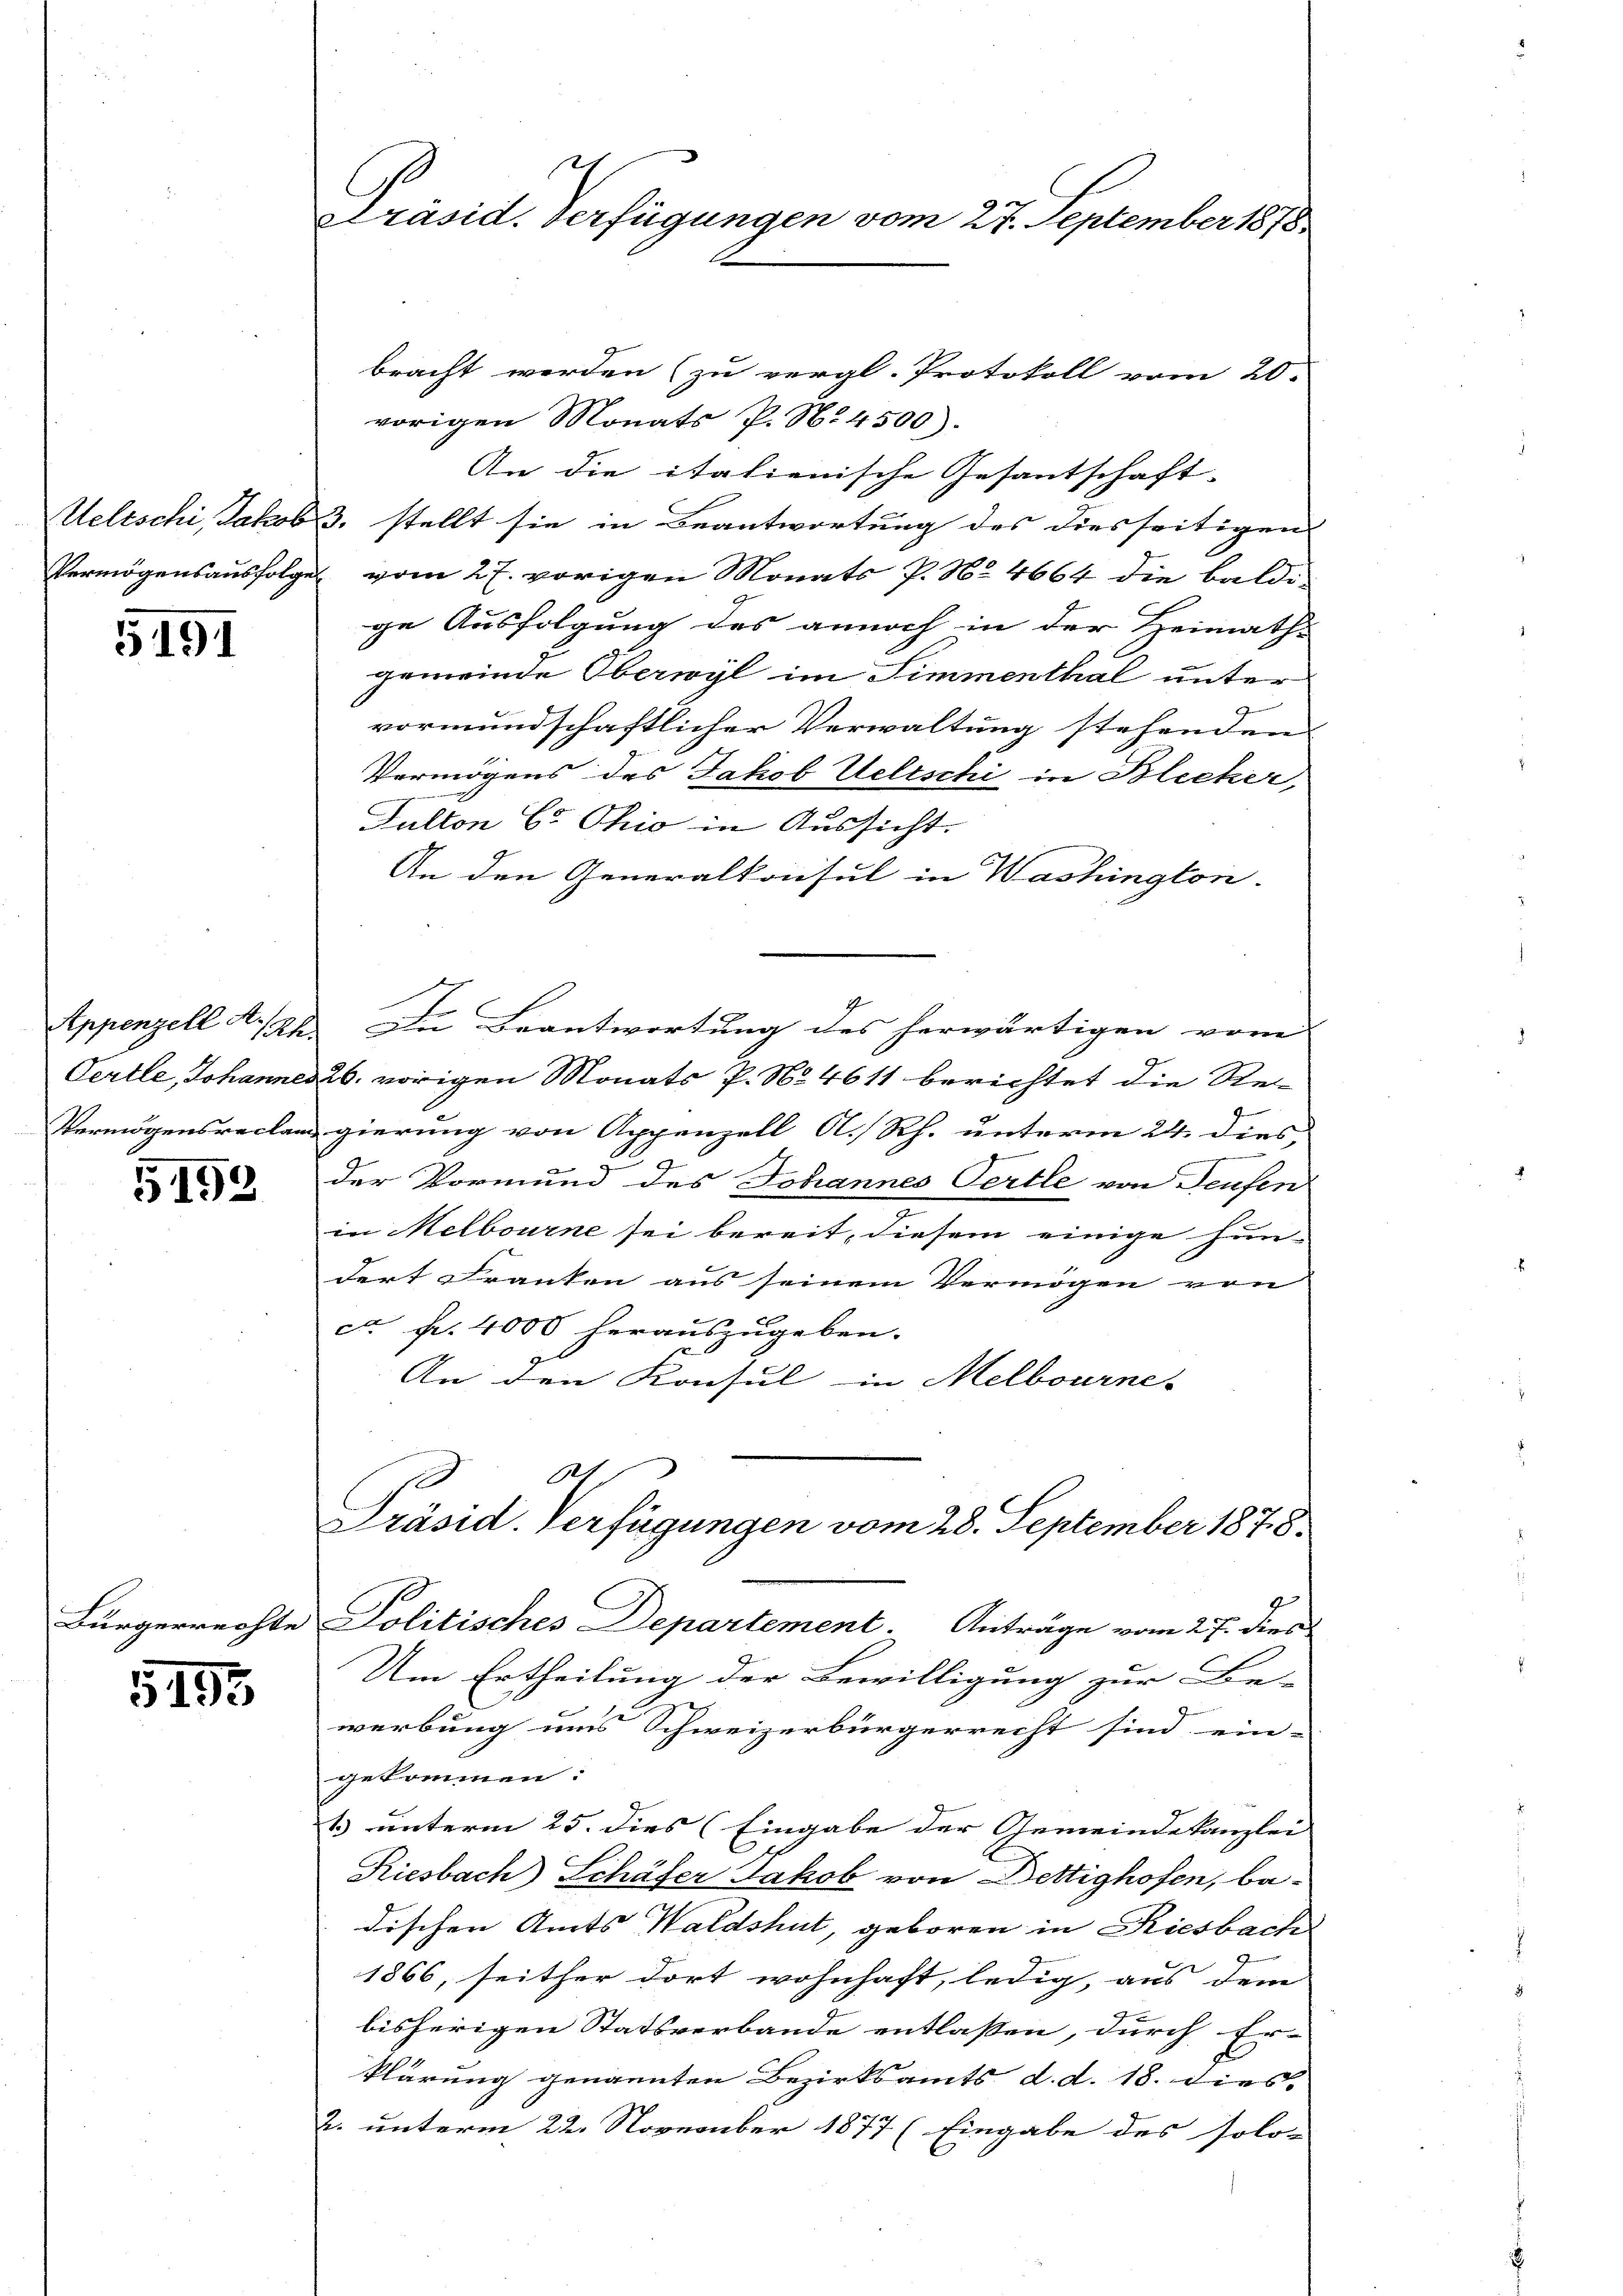
Welischi, Jakob
Vermögensausfolgen

5191

Appenzell A.-Rh.
Oertle, Johannes
Vermögensreclam

5152

Bürgerrechte

5193

Präsid. Verfügungen vom 27. September 1818.

bracht werden (zu vergl. Protokoll vom 20.
vorigen Monats P. Nr. 4500).
An die italienische Gesantschaft-
3. stellt sie in Beantwortung des diesseitigen
vom 27. vorigen Monats P. No 4664 die baldi-
ge Ausfolgung des annoch in der Heimath-
gemeinde Oberwyl im Simmenthal unter
vormundschaftlicher Verwaltung stehenden
f
Vermögens des Jakob Weltschi in Blicker,
d
Fulton E. Ohio in Aussicht.
An den Generalkonsul in Washington.
In Beantwortung des herwärtigen vom
26. vorigen Monats P. No 4611 berichtet die Rec
gierung von Appenzell A.Rh. unterm 24. dies
der Vormund des Johannes Oertle von Teufen
z
in Melbourne sei bereit, diesem einige Hun-
dert Franken aus seinem Vermögen von
ca Fr. 4000 herauszugeben.
An den Konsul in Melbourne- |
121
Präsid. Verfügungen vom 28. September 1878.
Politisches Departement Anträge vom 27. dies
Um Ertheilung der Bewilligung zur Be-
werbung uns Schweizerbürgerrecht sind ein-
gekommen.
1) unterm 25. dies (Eingabe der Gemeindekanzlei
Riesbach Schäfer Jakob von Bettighofen, be-
dischen Amts Waldshut, geboren in Riesbach
1866, seither dort wohnhaft, ledig, aus dem
bisherigen Statsverbande entlassen, durch Er-
klärung genannten Bezirksamts, d. d. 18. dies
a
2. unterm 22. November 1877 (Eingabe des solo-